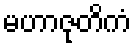
မဟာဇုတိကံ